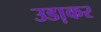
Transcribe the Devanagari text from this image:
उडा़कर